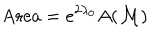
LaTeX: \mathrm { A r e a } = e ^ { 2 \lambda _ { 0 } } A ( { \cal M } )